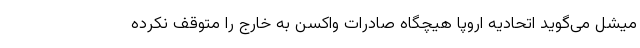
میشل می‌گوید اتحادیه اروپا هیچگاه صادرات واکسن به خارج را متوقف نکرده